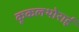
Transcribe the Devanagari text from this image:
कूकलथोराई